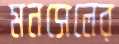
মনসেলের